画像に写った文字を読んでください
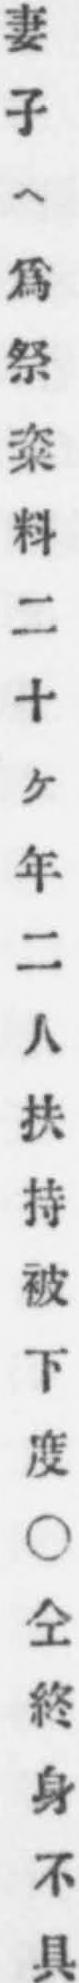
「妻子ヘ爲祭粢料二十ケ年二人扶持被下度○仝終身不具」と書いてあります